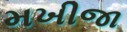
મખીજા